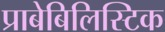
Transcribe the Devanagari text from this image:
प्राबेबिलिस्टिक